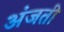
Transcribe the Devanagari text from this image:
अंजती